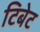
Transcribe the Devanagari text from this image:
टिबेट